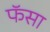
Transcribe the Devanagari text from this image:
फॅसा